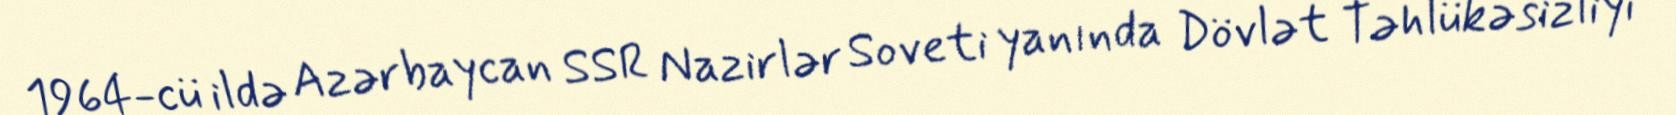
1964-cü ildə Azərbaycan SSR Nazirlər Soveti yanında Dövlət Təhlükəsizliyi